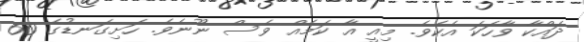
ދައްކާ ވާހަކަ އެކެވެ. މިއީ އާ ކަމެއް ވެސް ނޫނެވެ. ހަށިގަނޑުގެ 60